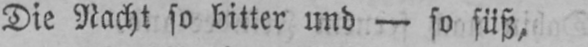
Die Nacht so bitter und - so süß,